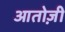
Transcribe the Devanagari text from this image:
आतोज़ी